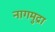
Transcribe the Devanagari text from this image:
नागमुद्रा